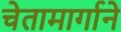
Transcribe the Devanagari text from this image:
चेतामार्गाने